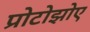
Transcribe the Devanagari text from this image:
प्रोटोझोए